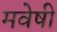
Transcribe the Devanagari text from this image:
मवेषी